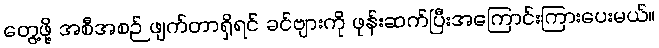
တွေ့ဖို့ အစီအစဉ် ဖျက်တာရှိရင် ခင်ဗျားကို ဖုန်းဆက်ပြီးအကြောင်းကြားပေးမယ်။